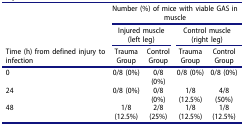
<table><thead><tr><td><b> </b></td><td colspan="4"><b>Number (%) of mice with viable GAS in muscle</b></td></tr><tr><td><b> </b></td><td colspan="2"><b>Injured muscle (left leg)</b></td><td colspan="2"><b>Control muscle (right leg)</b></td></tr><tr><td><b>Time (h) from defined injury to infection</b></td><td><b>TraumaGroup</b></td><td><b>ControlGroup</b></td><td><b>TraumaGroup</b></td><td><b>ControlGroup</b></td></tr></thead><tbody><tr><td>0</td><td>0/8 (0%)</td><td>0/8 (0%)</td><td>0/8 (0%)</td><td>0/8 (0%)</td></tr><tr><td>24</td><td>0/8 (0%)</td><td>0/8 (0%)</td><td>1/8 (12.5%)</td><td>4/8 (50%)</td></tr><tr><td>48</td><td>1/8 (12.5%)</td><td>2/8 (25%)</td><td>1/8 (12.5%)</td><td>1/8 (12.5%)</td></tr></tbody></table>